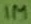
Text: 1M